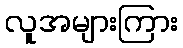
လူအများကြား